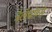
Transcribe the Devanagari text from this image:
ट्रेलेबोर्ग्स